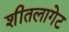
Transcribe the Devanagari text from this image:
शीतलागेट